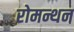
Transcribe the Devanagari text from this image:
रोमन्थन